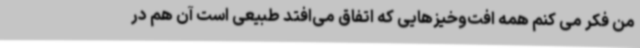
من فکر می کنم همه افت‌وخیزهایی که اتفاق می‌افتد طبیعی است آن هم در